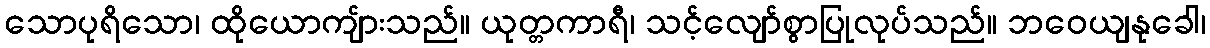
သောပုရိသော၊ ထိုယောကျ်ားသည်။ ယုတ္တကာရီ၊ သင့်လျော်စွာပြုလုပ်သည်။ ဘဝေယျနုခေါ၊